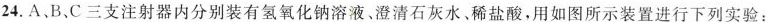
24.A、B、C三支注射器内分别装有氢氧化钠溶液、澄清石灰水、稀盐酸，用如图所示装置进行下列实验：